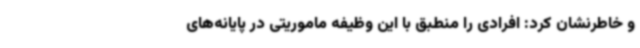
و خاطرنشان کرد: افرادی را منطبق با این وظیفه ماموریتی در پایانه‌های